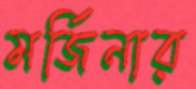
মর্জিনার